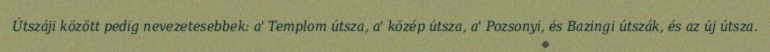
Útszáji között pedig nevezetesebbek: a' Templom útsza, a' közép útsza, a' Pozsonyi, és Bazingi útszák, és az új útsza.